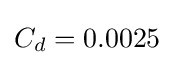
C_{d}=0.0025